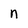
Character: n